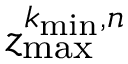
z _ { \mathrm { m a x } } ^ { k _ { \mathrm { m i n } } , n }